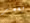
بعمر